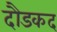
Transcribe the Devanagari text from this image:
दौडकद